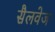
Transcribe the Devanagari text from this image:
सैलवेज